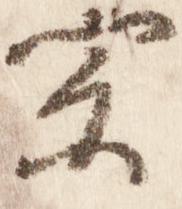
宗